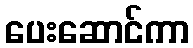
ပေးဆောင်ကာ